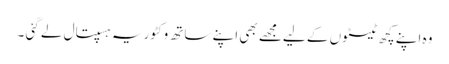
وہ اپنے کچھ ٹیسٹوں کے لیےمجھے بھی اپنے ساتھ وکٹوریہ ہسپتال لے گئی ۔